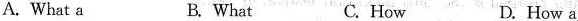
A. What a B. What C. How D. How a